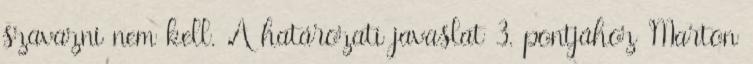
szavazni nem kell. A határozati javaslat 3. pontjához Marton